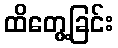
ထိတွေ့ခြင်း